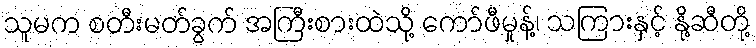
သူမက စတီးမတ်ခွက် အကြီးစားထဲသို့ ကော်ဖီမှုန့်၊ သကြားနှင့် နို့ဆီတို့